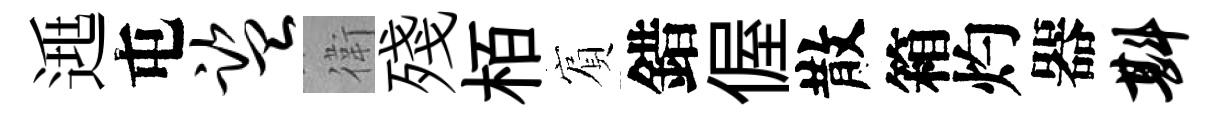
𨓱屯监衛殘栢賔錯偓散箱灼器斟